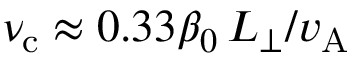
\nu _ { \mathrm { c } } \approx 0 . 3 3 \beta _ { 0 } \, L _ { \perp } / v _ { \mathrm { A } }